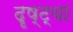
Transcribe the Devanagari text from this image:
दॄष्ट्या